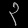
Digit: ၃